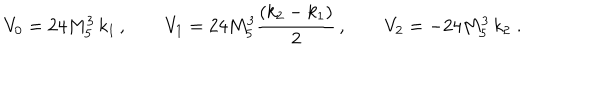
V _ { 0 } = 2 4 M _ { 5 } ^ { 3 } \, k _ { 1 } \, , \qquad V _ { 1 } = 2 4 M _ { 5 } ^ { 3 } \frac { ( k _ { 2 } - k _ { 1 } ) } { 2 } \, , \qquad V _ { 2 } = - 2 4 M _ { 5 } ^ { 3 } \, k _ { 2 } \; .